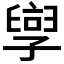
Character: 𫲯